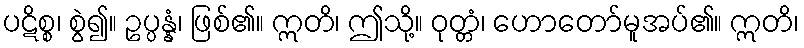
ပဋိစ္စ၊ စွဲ၍။ ဥပ္ပန္နံ၊ ဖြစ်၏။ ဣတိ၊ ဤသို့။ ဝုတ္တံ၊ ဟောတော်မူအပ်၏။ ဣတိ၊